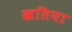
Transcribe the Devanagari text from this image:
खतिया